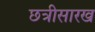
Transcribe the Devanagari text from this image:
छत्रीसारख